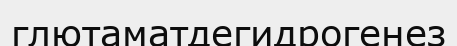
глютаматдегидрогенез